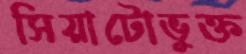
সিয়াটোভুক্ত